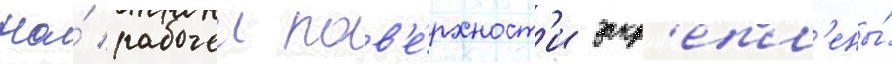
На́ рабочеи пов'е́рхност'и закр'епл'ены́